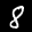
Label: 8